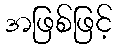
အဖြစ်ဖြင့်